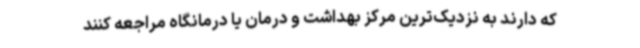
که دارند به نزدیک‌ترین مرکز بهداشت و درمان یا درمانگاه مراجعه کنند